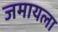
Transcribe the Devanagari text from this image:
जमायला